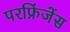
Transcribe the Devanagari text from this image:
परफ्रिंजेंस